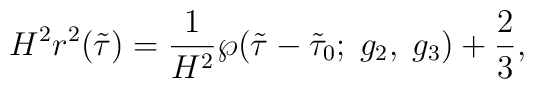
H^2r^2(\tilde{\tau})=\frac{1}{H^2}\wp(\tilde{\tau}-\tilde{\tau}_0;\;g_2,\;g_3)+\frac{2}{3},